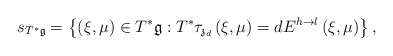
\begin{align*}s_{T^{\ast }\mathfrak{g}}=\left\{ \left( \xi ,\mu \right) \in T^{\ast }\mathfrak{g}:T^{\ast }\tau _{\mathfrak{z}_{d}}\left( \xi ,\mu\right) =dE^{h\rightarrow l}\left( \xi ,\mu \right) \right\} ,\end{align*}